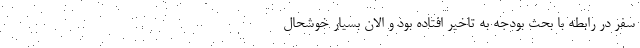
سفر در رابطه با بحث بودجه به تاخیر افتاده بود و الان بسیار خوشحال